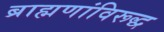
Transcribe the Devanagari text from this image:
ब्राह्मणांविरूद्ध